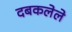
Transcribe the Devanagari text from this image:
दबकलेले